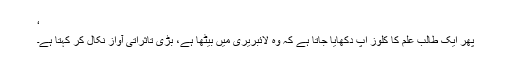
‘
پھر ایک طالب علم کا کلوز اپ دکھایا جاتا ہے کہ وہ لائبریری میں بیٹھا ہے، بڑی تاثراتی آواز نکال کر کہتا ہے۔